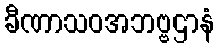
ခီဏာသဝအဘဗ္ဗဌာနံ